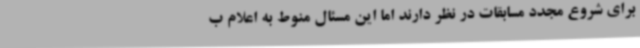
برای شروع مجدد مسابقات در نظر دارند اما این مسئال منوط به اعلام ب